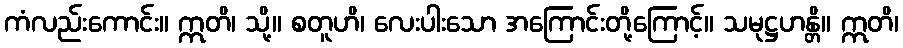
ကံလည်းကောင်း။ ဣတိ၊ သို့။ စတူဟိ၊ လေးပါးသော အကြောင်းတို့ကြောင့်။ သမုဋ္ဌဟန္တိ။ ဣတိ၊